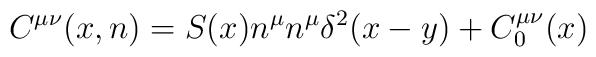
C^{\mu\nu}(x,n)=S(x)n^{\mu}n^{\mu}\delta^{2}(x-y)+C_{0}^{\mu\nu}(x)